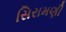
સિરામણી